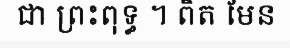
ជា ព្រះពុទ្ធ ។ ពិត មែន